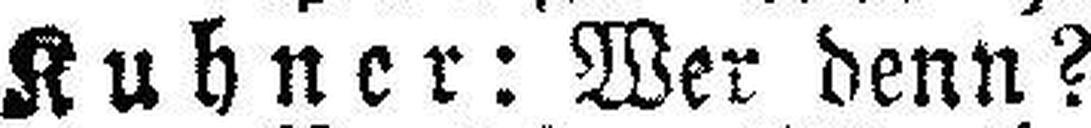
Kuhner: Wer denn?